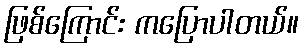
ဖြစ်ကြောင်း ကပြောပါတယ်။